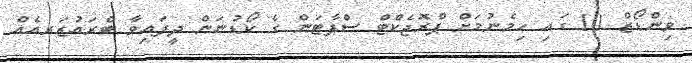
ވިންޑޯޒް 10 ގައި ހިމެނުމަށް ޕްރޮޖެކްޓް ސްޕާޓަން ގެ ކޯޑުނަން ދީފައިވާ ބްރައުޒަރއެއް